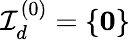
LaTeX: {\mathcal{I}}_{d}^{(0)}=\{ {\boldsymbol{0}}\}